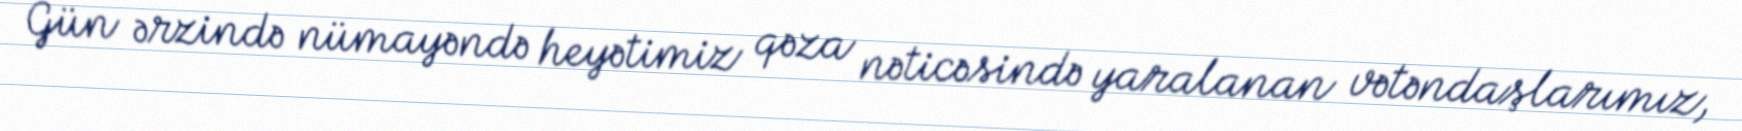
Gün ərzində nümayəndə heyətimiz qəza nəticəsində yaralanan vətəndaşlarımız,